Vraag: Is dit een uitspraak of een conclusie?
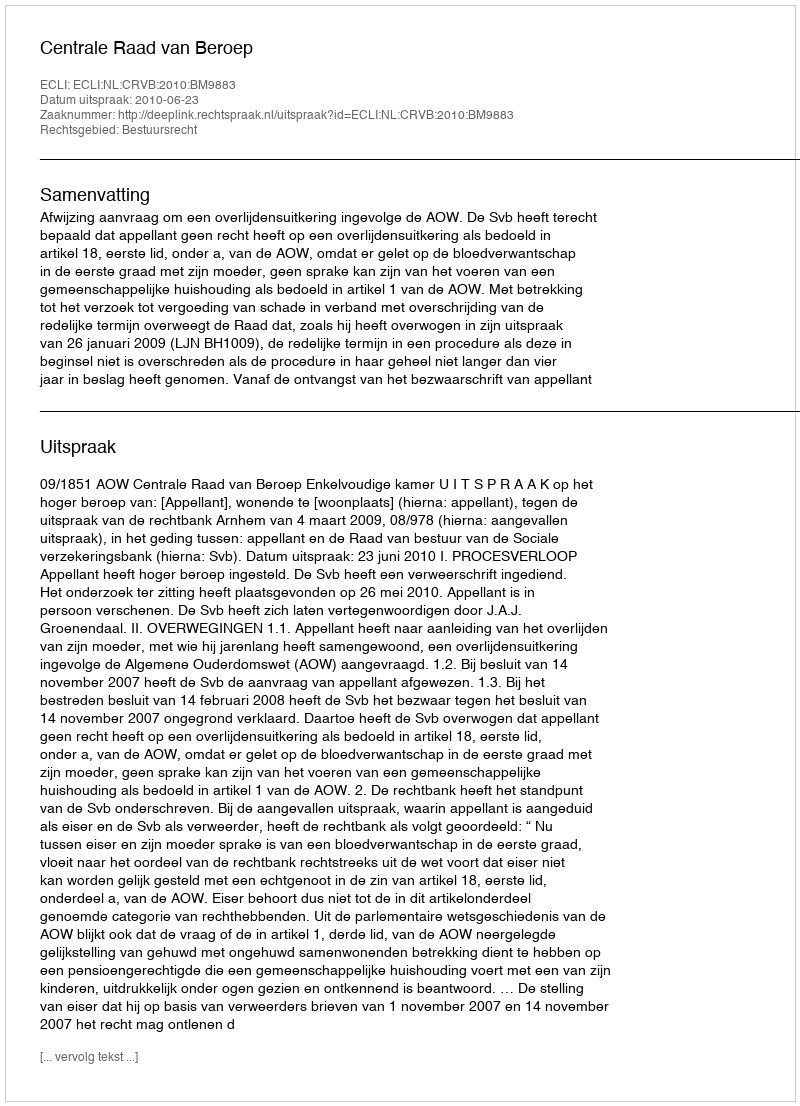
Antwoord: Uitspraak